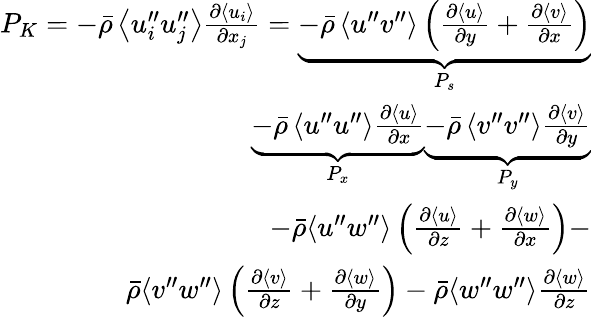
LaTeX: \begin{array}{r}{P_{K}=-\bar{\rho}\left\langle u_{i}^{\prime\prime}u_{j}^{\prime\prime}\right\rangle\frac{\partial\left\langle u_{i}\right\rangle}{\partial x_{j}}=\underbrace{-\bar{\rho}\left\langle u^{\prime\prime}v^{\prime\prime}\right\rangle\left(\frac{\partial\langle u\rangle}{\partial y}+\frac{\partial\langle v\rangle}{\partial x}\right)}_{P_{s}}}\\ {\underbrace{-\bar{\rho}\left\langle u^{\prime\prime}u^{\prime\prime}\right\rangle\frac{\partial\langle u\rangle}{\partial x}}_{P_{x}}\underbrace{-\bar{\rho}\left\langle v^{\prime\prime}v^{\prime\prime}\right\rangle\frac{\partial\langle v\rangle}{\partial y}}_{P_{y}}}\\ {-\bar{\rho}\langle u^{\prime\prime}w^{\prime\prime}\rangle\left(\frac{\partial\langle u\rangle}{\partial z}+\frac{\partial\langle w\rangle}{\partial x}\right)-}\\ {\bar{\rho}\langle v^{\prime\prime}w^{\prime\prime}\rangle\left(\frac{\partial\langle v\rangle}{\partial z}+\frac{\partial\langle w\rangle}{\partial y}\right)-\bar{\rho}\langle w^{\prime\prime}w^{\prime\prime}\rangle\frac{\partial\langle w\rangle}{\partial z}}\end{array}